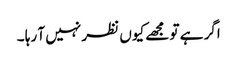
اگر ہے تو مجھے کیوں نظر نہیں آ رہا ۔